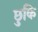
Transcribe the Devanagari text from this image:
छुकि